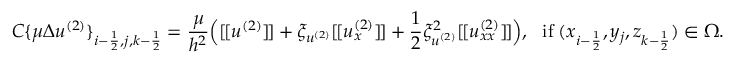
C \{ \mu \Delta u ^ { ( 2 ) } \} _ { i - \frac { 1 } { 2 } , j , k - \frac { 1 } { 2 } } = \frac { \mu } { h ^ { 2 } } \Big ( [ \! [ u ^ { ( 2 ) } ] \! ] + \xi _ { u ^ { ( 2 ) } } [ \! [ u _ { x } ^ { ( 2 ) } ] \! ] + \frac { 1 } { 2 } \xi _ { u ^ { ( 2 ) } } ^ { 2 } [ \! [ u _ { x x } ^ { ( 2 ) } ] \! ] \Big ) , \ \ \mathrm { i f } \; ( x _ { i - \frac { 1 } { 2 } } , y _ { j } , z _ { k - \frac { 1 } { 2 } } ) \in \Omega .